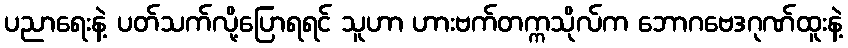
ပညာရေးနဲ့ ပတ်သက်လို့ပြောရရင် သူဟာ ဟားဗက်တက္ကသိုလ်က ဘောဂဗေဒဂုဏ်ထူးနဲ့